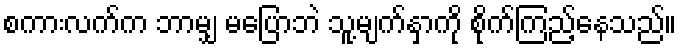
စကားလက်က ဘာမျှ မပြောဘဲ သူ့မျက်နှာကို စိုက်ကြည့်နေသည်။